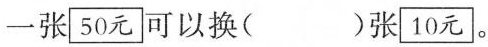
一张\boxed{50元}可以换( )张\boxed{10元}。